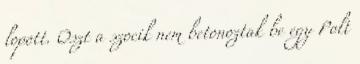
lopott. Oszt a szocik nem betonoztak be egy Polt